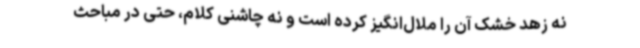
نه زهد خشک آن را ملال‌انگیز کرده است و نه چاشنی کلام، حتی در مباحث